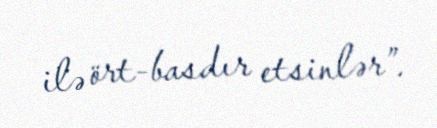
ilə ört-basdır etsinlər”.